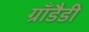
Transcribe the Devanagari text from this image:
ग्राँडैडी